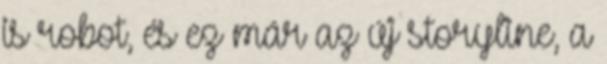
is robot, és ez már az új storyline, a